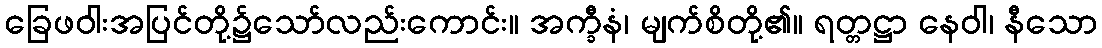
ခြေဖဝါးအပြင်တို့၌သော်လည်းကောင်း။ အက္ခီနံ၊ မျက်စိတို့၏။ ရတ္တဋ္ဌာ နေဝါ၊ နီသော